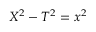
X ^ { 2 } - T ^ { 2 } = x ^ { 2 }